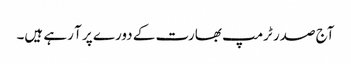
آج صدر ٹرمپ بھارت کے دورے پر آ رہے ہیں۔